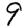
Digit: 9